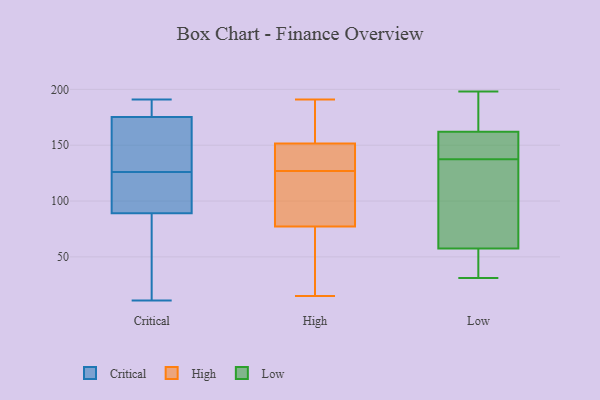
{"axis": {"x": "Headcount", "y": "Value"}, "legend": ["Critical", "High", "Low"], "data": [{"x": "", "y": 129, "type": "Critical"}, {"x": "", "y": 189, "type": "Critical"}, {"x": "", "y": 21, "type": "Critical"}, {"x": "", "y": 104, "type": "Critical"}, {"x": "", "y": 126, "type": "Critical"}, {"x": "", "y": 163, "type": "Critical"}, {"x": "", "y": 95, "type": "Critical"}, {"x": "", "y": 11, "type": "Critical"}, {"x": "", "y": 105, "type": "Critical"}, {"x": "", "y": 191, "type": "Critical"}, {"x": "", "y": 175, "type": "Critical"}, {"x": "", "y": 162, "type": "Critical"}, {"x": "", "y": 176, "type": "Critical"}, {"x": "", "y": 92, "type": "Critical"}, {"x": "", "y": 31, "type": "Critical"}, {"x": "", "y": 80, "type": "Critical"}, {"x": "", "y": 178, "type": "Critical"}, {"x": "", "y": 41, "type": "High"}, {"x": "", "y": 148, "type": "High"}, {"x": "", "y": 51, "type": "High"}, {"x": "", "y": 15, "type": "High"}, {"x": "", "y": 103, "type": "High"}, {"x": "", "y": 127, "type": "High"}, {"x": "", "y": 143, "type": "High"}, {"x": "", "y": 109, "type": "High"}, {"x": "", "y": 172, "type": "High"}, {"x": "", "y": 121, "type": "High"}, {"x": "", "y": 96, "type": "High"}, {"x": "", "y": 152, "type": "High"}, {"x": "", "y": 150, "type": "High"}, {"x": "", "y": 191, "type": "High"}, {"x": "", "y": 175, "type": "High"}, {"x": "", "y": 50, "type": "High"}, {"x": "", "y": 135, "type": "High"}, {"x": "", "y": 71, "type": "High"}, {"x": "", "y": 176, "type": "High"}, {"x": "", "y": 181, "type": "Low"}, {"x": "", "y": 148, "type": "Low"}, {"x": "", "y": 54, "type": "Low"}, {"x": "", "y": 50, "type": "Low"}, {"x": "", "y": 138, "type": "Low"}, {"x": "", "y": 137, "type": "Low"}, {"x": "", "y": 31, "type": "Low"}, {"x": "", "y": 198, "type": "Low"}, {"x": "", "y": 153, "type": "Low"}, {"x": "", "y": 76, "type": "Low"}, {"x": "", "y": 171, "type": "Low"}, {"x": "", "y": 61, "type": "Low"}]}